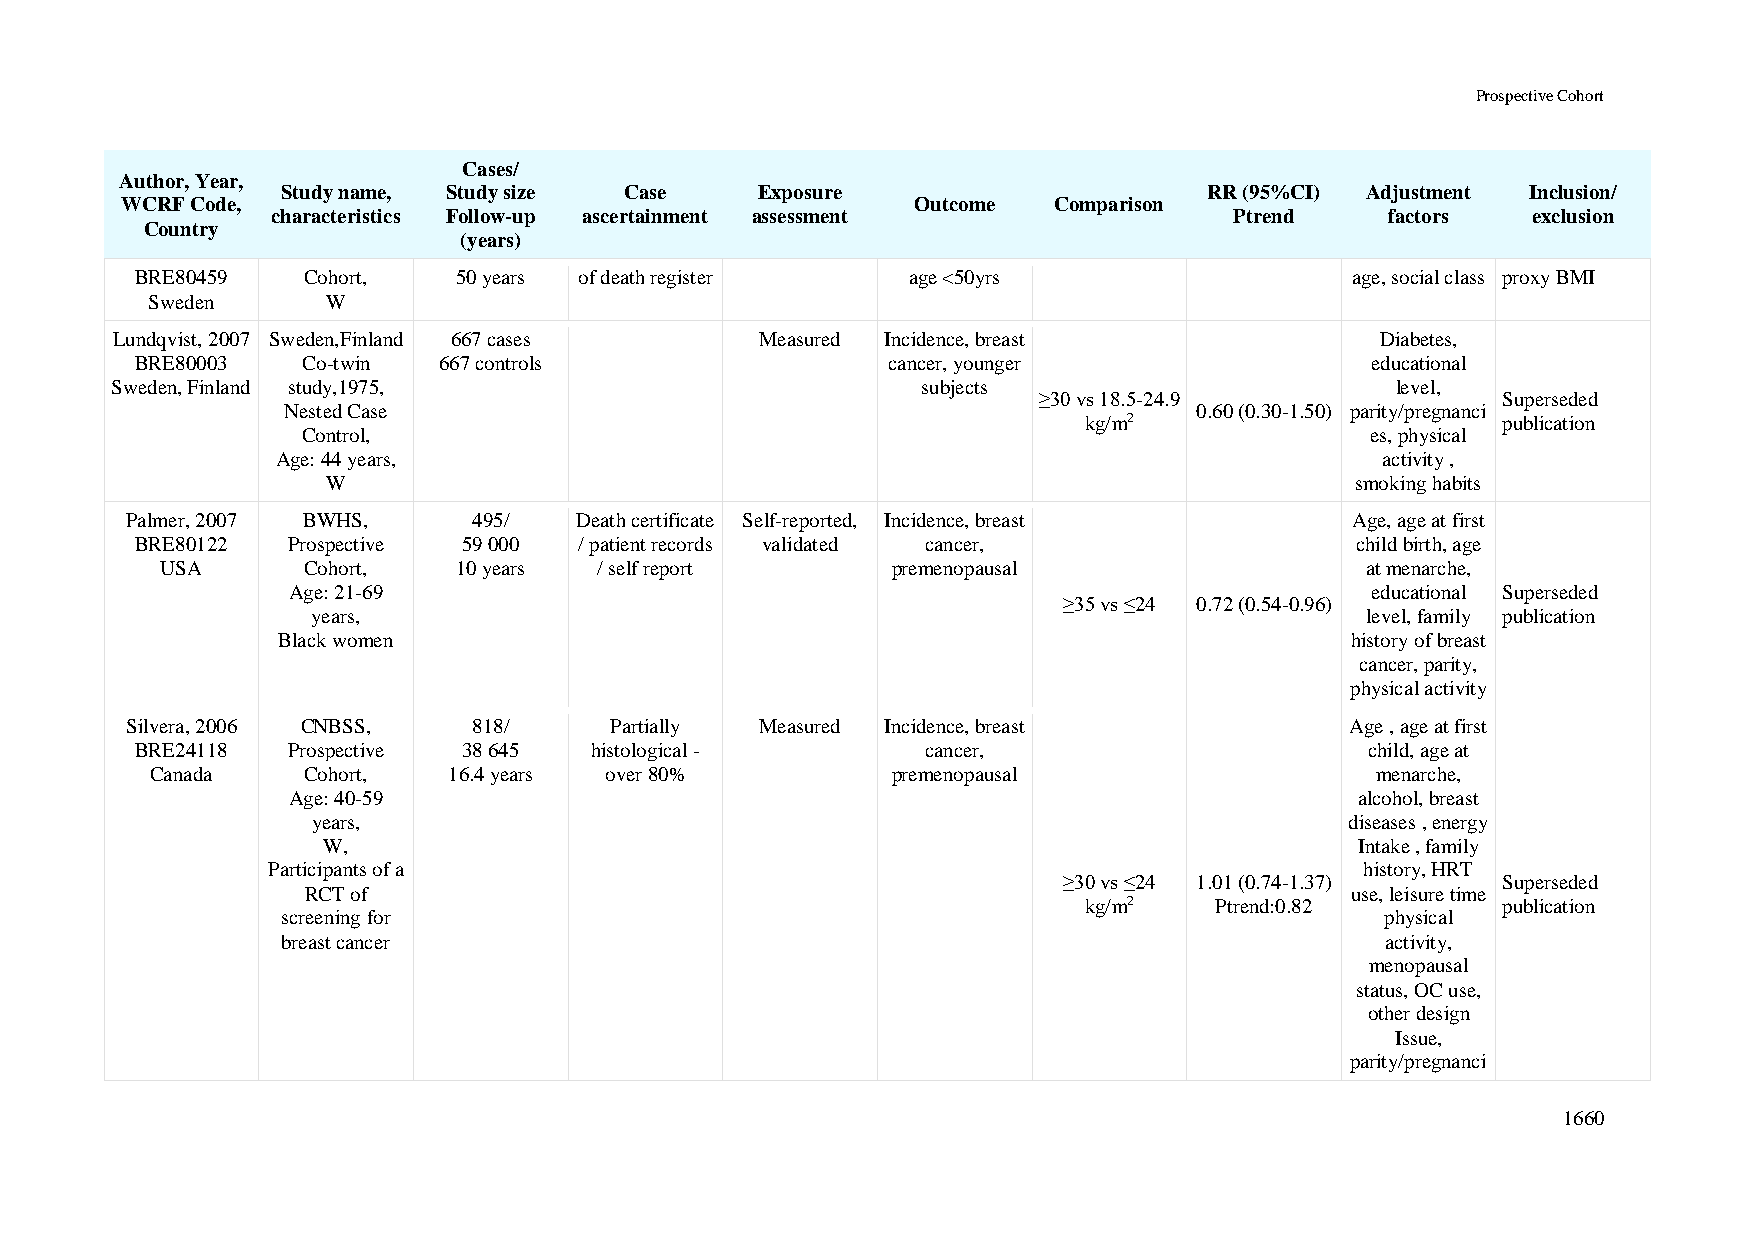
Prospective Cohort
 Cases/
 Author, Year,
 Study name, Study size Case    Exposure                      RR (95%CI) Adjustment Inclusion/
 WCRF Code,                                           Outcome  Comparison
 characteristics Follow-up ascertainment assessment              Ptrend    factors  exclusion
 Country
 (years)
 BRE80459   Cohort,   50 years of death register    age <50yrs                   age, social class proxy BMI
 Sweden      W
 Lundqvist, 2007 Sweden,Finland 667 cases   Measured Incidence, breast               Diabetes,
 BRE80003   Co-twin  667 controls                  cancer, younger                 educational
 Sweden, Finland study,1975,                           subjects                       level,
 ≥30 vs 18.5-24.9              Superseded
 Nested Case                                                 0.60 (0.30-1.50) parity/pregnanci
 kg/m2                      publication
 Control,                                                               es, physical
 Age: 44 years,                                                           activity ,
 W                                                                   smoking habits
 Palmer, 2007 BWHS,     495/   Death certificate Self-reported, Incidence, breast  Age, age at first
 BRE80122  Prospective 59 000 / patient records validated cancer,                 child birth, age
 USA      Cohort,   10 years  / self report      premenopausal                  at menarche,
 Age: 21-69                                                              educational Superseded
 ≥35 vs ≤24 0.72 (0.54-0.96)
 years,                                                               level, family publication
 Black women                                                            history of breast
 cancer, parity,
 physical activity
 Silvera, 2006 CNBSS,   818/     Partially Measured Incidence, breast             Age , age at first
 BRE24118  Prospective 38 645  histological -        cancer,                       child, age at
 Canada    Cohort,   16.4 years over 80%          premenopausal                   menarche,
 Age: 40-59                                                             alcohol, breast
 years,                                                              diseases , energy
 W,                                                                   Intake , family
 Participants of a                                                       history, HRT
 ≥30 vs ≤24 1.01 (0.74-1.37)  Superseded
 RCT of                                                               use, leisure time
 kg/m2   Ptrend:0.82        publication
 screening for                                                            physical
 breast cancer                                                            activity,
 menopausal
 status, OC use,
 other design
 Issue,
 parity/pregnanci
 1660